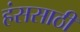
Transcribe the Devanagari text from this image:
हंससाठी